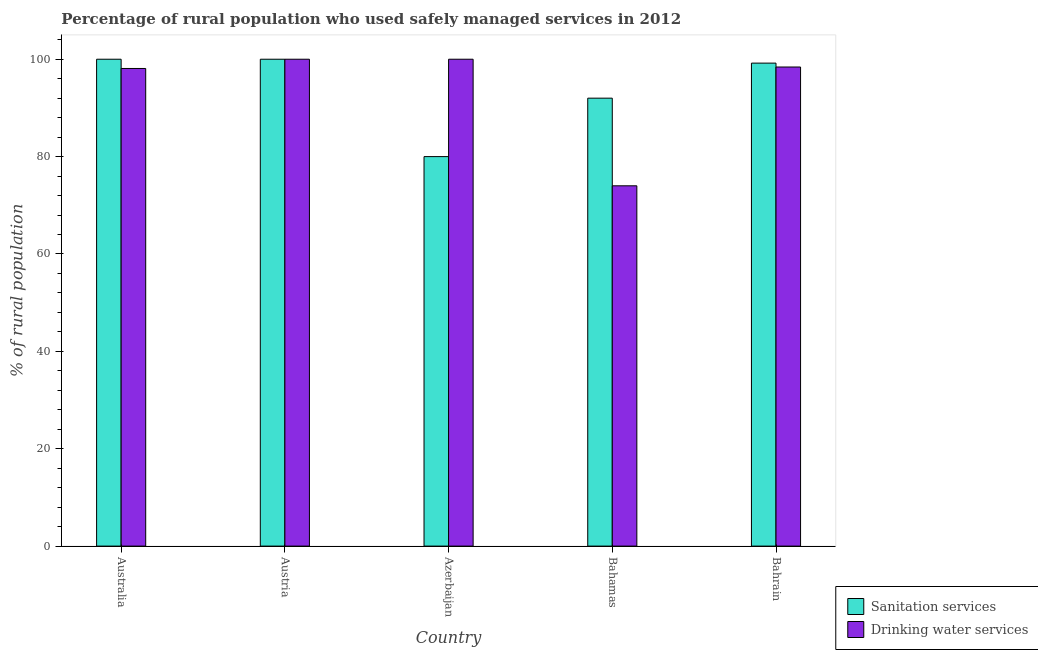
| Country | Sanitation services | Drinking water services |
 | --- | --- | --- |
 | Australia | 100 | 98.1 |
 | Austria | 100 | 100 |
 | Azerbaijan | 80 | 100 |
 | Bahamas | 92 | 74 |
 | Bahrain | 99.2 | 98.4 |